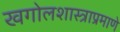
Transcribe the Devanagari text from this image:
खगोलशास्त्राप्रमाणे